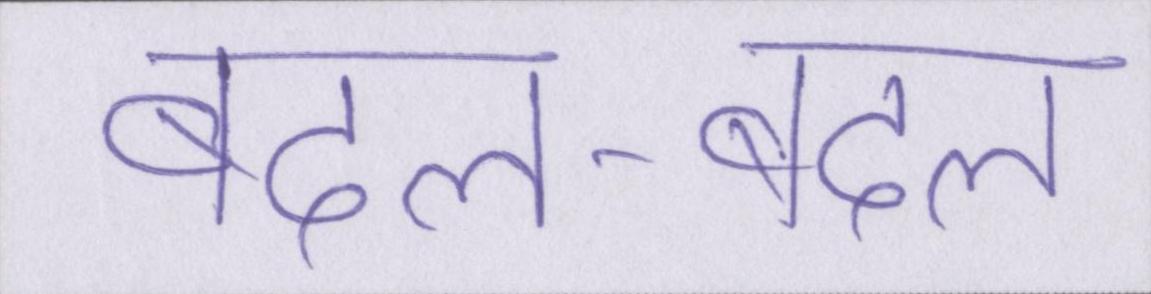
बदल-बदल